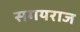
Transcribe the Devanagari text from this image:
सगयराज